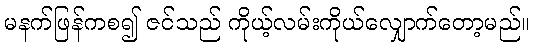
မနက်ဖြန်ကစ၍ ဇင်သည် ကိုယ့်လမ်းကိုယ်လျှောက်တော့မည်။